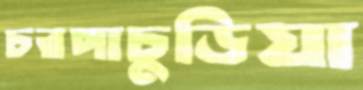
চরপাচুড়িয়া